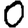
Digit: 0